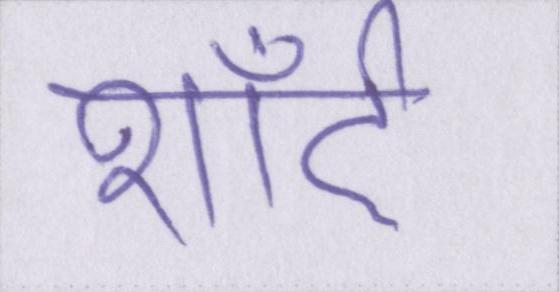
शॉर्ट